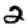
Digit: 2